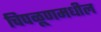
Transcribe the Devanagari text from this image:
चिपळूणमधील